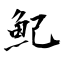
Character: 魢